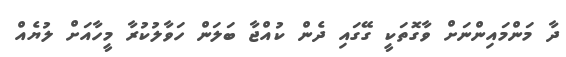
ދާ މަންމައިންނަށް ވާގޮތަކީ ގޭގައި ދެން ކުއްޖާ ބަލަން ހަވާލުކުރާ މީހާއަށް ލުޔެއް